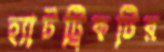
হ্যাটট্রিকটির